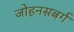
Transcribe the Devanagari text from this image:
जोहनसबर्ग